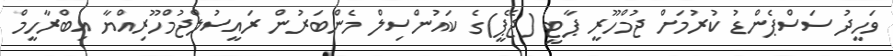
ވަހީދު ސަސްޕެންޑު ކުރުމަށް ޖުމްހޫރީ ޕާޓީ (ޖޭޕީ)ގެ ކައުންސިލް މެންބަރުން ރައީސުލްޖުމްހޫރިއްޔާ އިބްރާހީމް